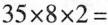
$$3 5 \times 8 \times 2 =$$